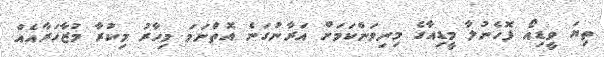
ތިޔަ ވީޑިއޯ ފޮހެނުލާ މީޑިއާގެ މިނިވަންކަމަށް އަރާނުގަނެ އޮތްނަމަ މިހާރު މިކުރާ މުޒާހަރާއެއް